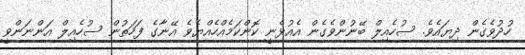
ހުދުވެގެން ދިޔައެވެ. ސުހެއިލް ބޭނުންވެގެން އެއުޅެނީ ކޮންކަމެއްހެއްޔެވެ އޭނާގެ ފަހަތުން ސުހެއިލް އަންނަންވީ